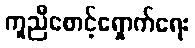
ကူညီစောင့်ရှောက်ရေး